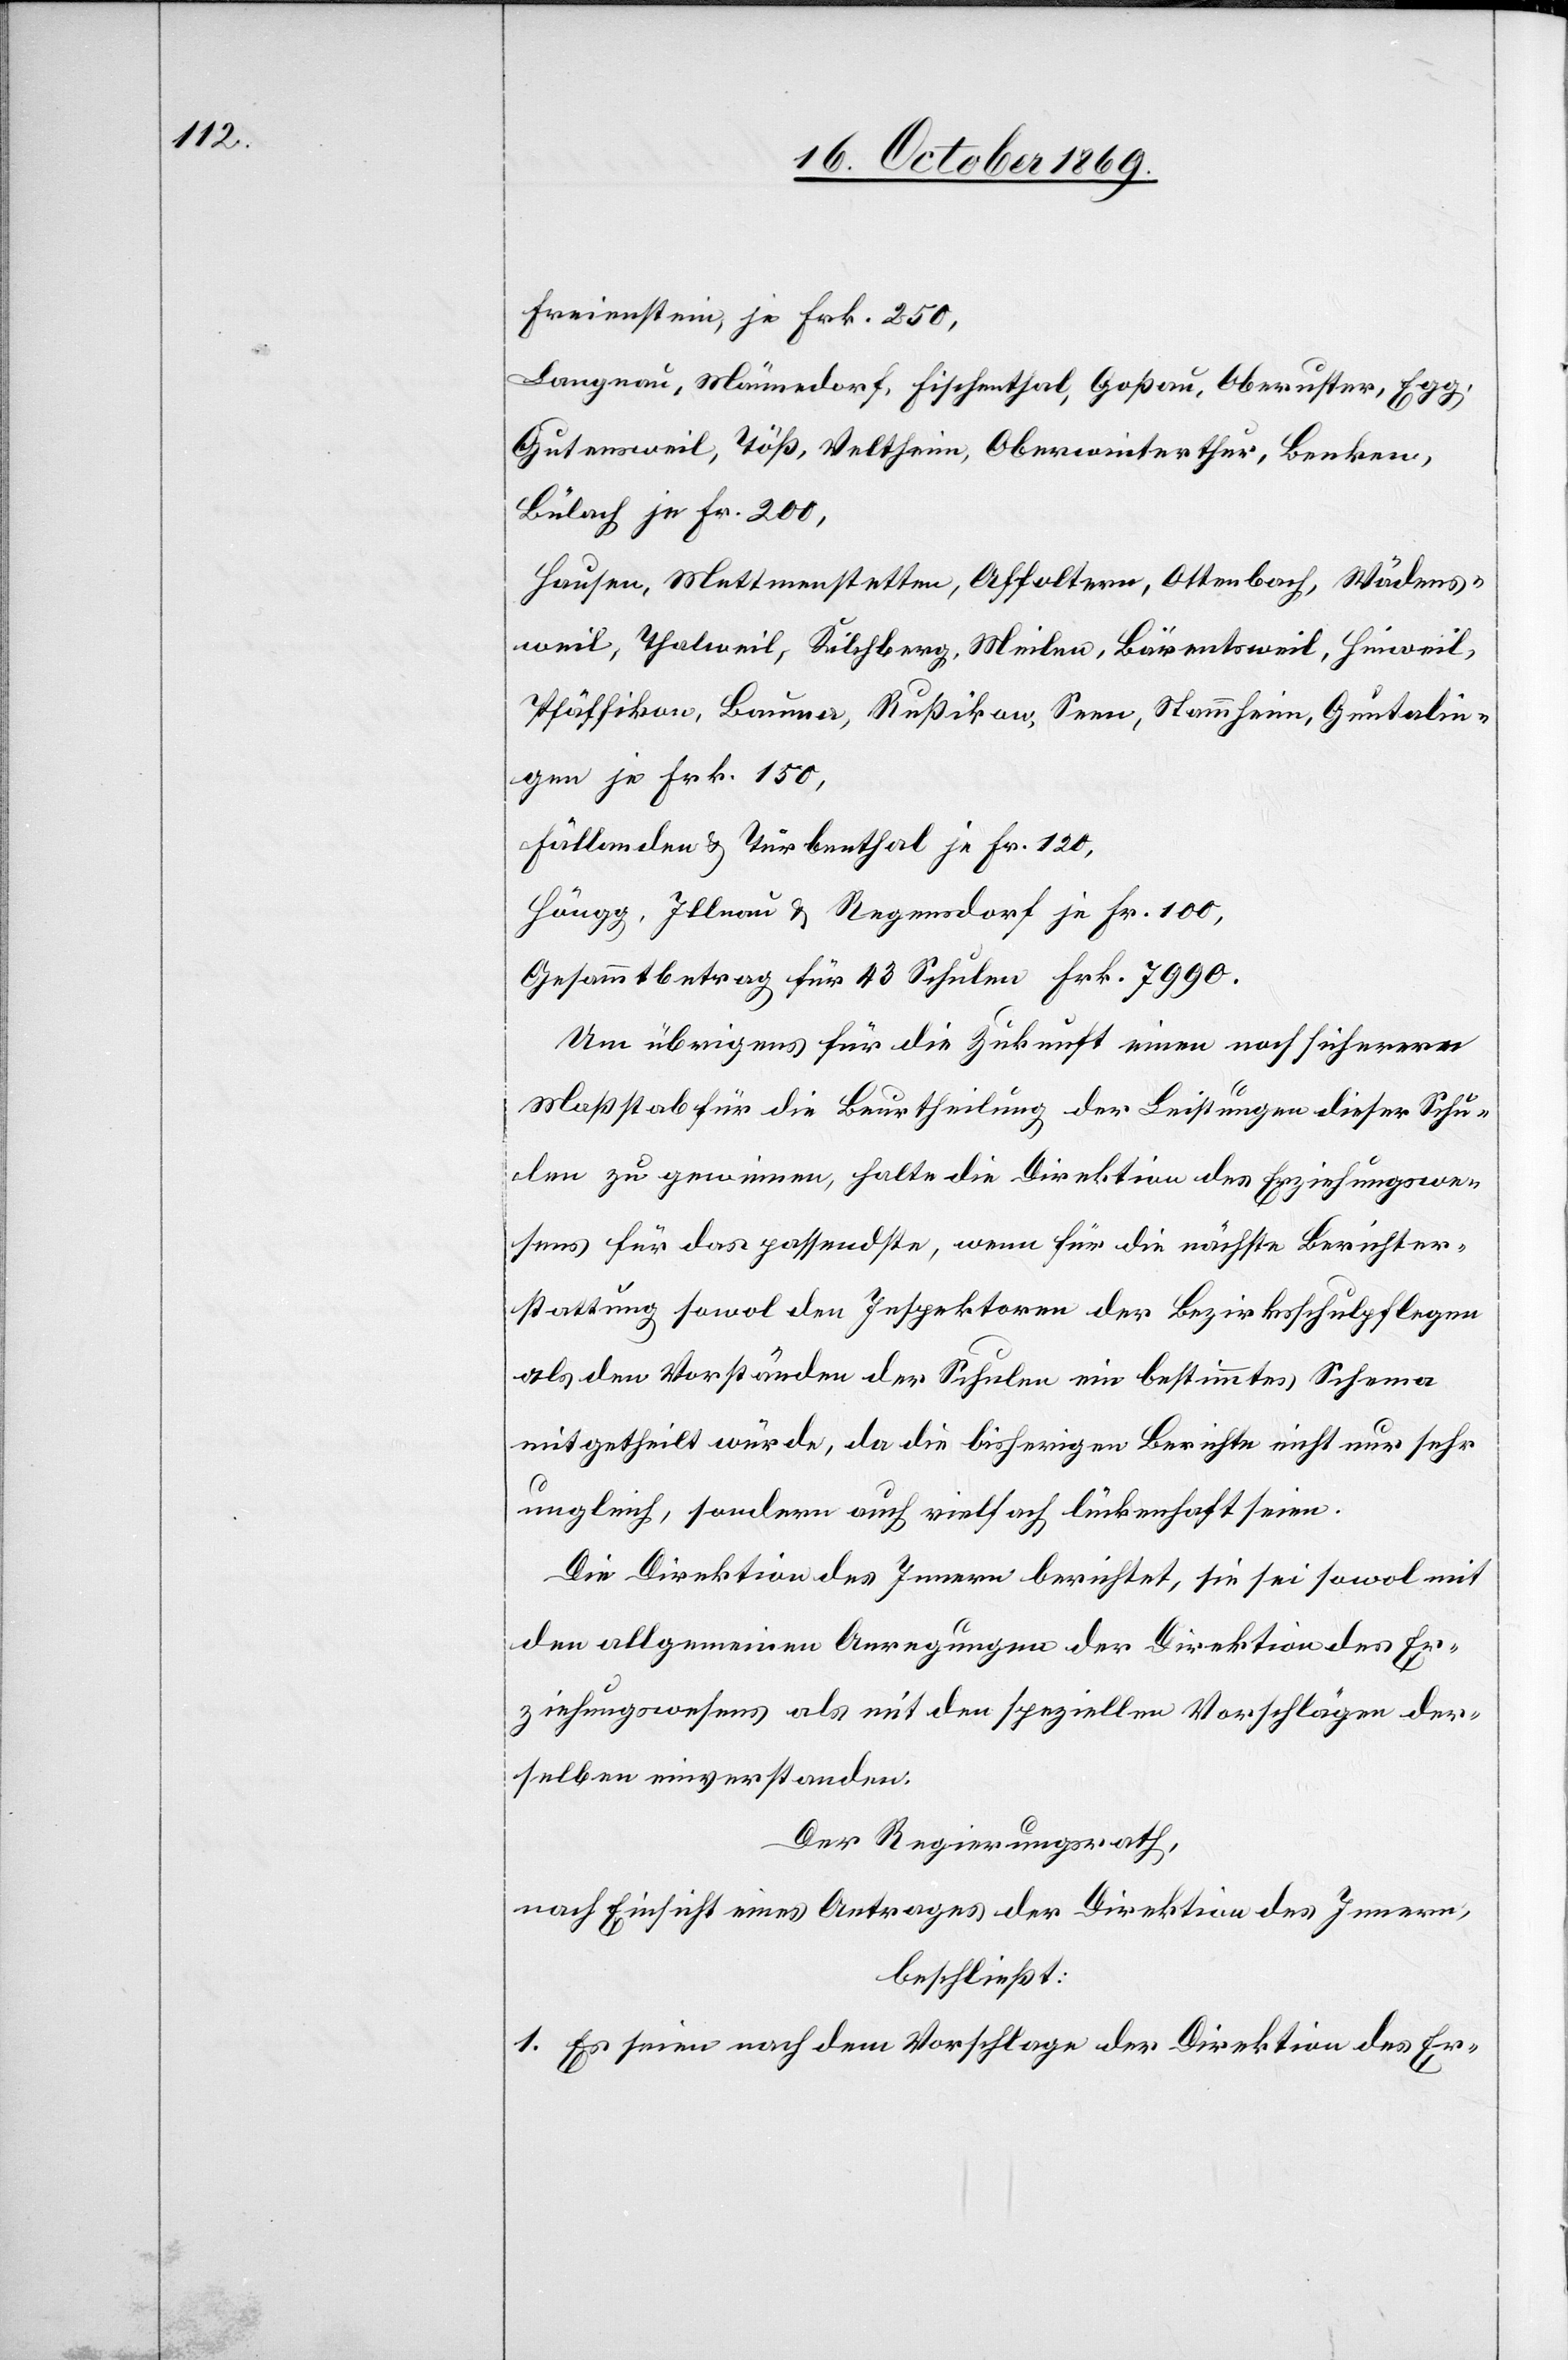
Freienstein, je Frk. 250,
Langnau, Männedorf, Fischenthal, Goßau, Oberuster, Egg,
Gutensweil, Töß, Veltheim, Oberwinterthur, Benken,
Bülach je Fr. 200,
Hausen, Mettmenstetten, Affoltern, Ottenbach, Wädens¬
weil, Thalweil, Kilchberg, Meilen, Bärentsweil, Hinweil,
Pfäffikon, Bauma, Rußikon, Seen, Stammheim, Guntalin¬
gen je Frk. 150,
Fällanden & Turbenthal je Fr. 120,
Höngg, Illnau & Regensdorf je Fr. 100,
Gesammtbetrag für 43 Schulen Frk. 7990.
Um übrigens für die Zukunft einen noch sicherern
Maßstab für die Beurtheilung der Leistungen dieser Schu¬
len zu gewinnen, halte die Direktion des Erziehungswe¬
sens für das passendste, wenn für die nächste Berichter¬
stattung sowol den Inspektoren der Bezirksschulpflegen
als den Vorständen der Schulen ein bestimmtes Schema
mitgetheilt würde, da die bisherigen Berichte nicht nur sehr
ungleich, sondern auch vielfach lückenhaft seien.
Die Direktion des Innern berichtet, sie sei sowol mit
den allgemeinen Anregungen der Direktion des Er¬
ziehungswesens als mit den speziellen Vorschlägen der¬
selben einverstanden.
Der Regierungsrath,
nach Einsicht eines Antrages der Direktion des Innern,
beschließt:
1. Es seien nach dem Vorschlage der Direktion des Er-